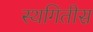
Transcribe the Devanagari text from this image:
स्थगितीस